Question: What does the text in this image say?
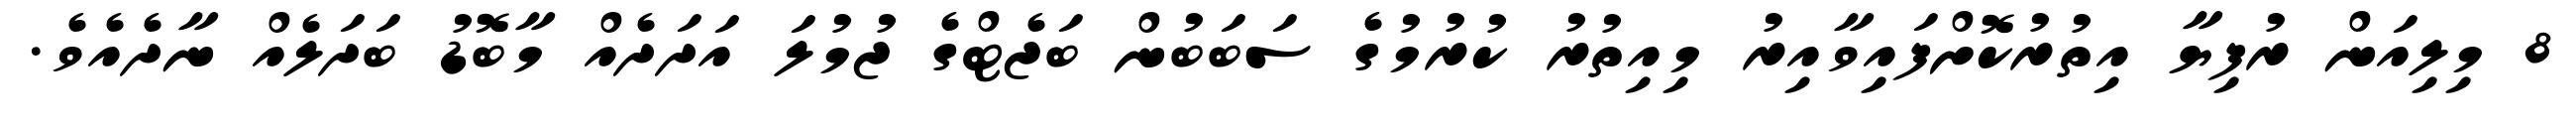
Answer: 8 މިލިއަން ރުފިޔާ އިތުރުކޮށްފައިވާއިރު މިއިތުރު ކުރުމުގެ ސަބަބުން ބަޖެޓްގެ ޖުމުލަ އަދަދެއް މާބޮޑު ބަދަލެއް ނާދެއެވެ.